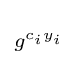
\scriptstyle g^{c_{i}y_{i}}